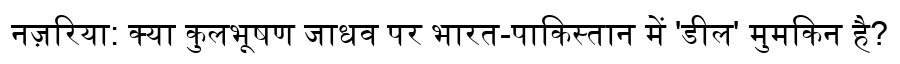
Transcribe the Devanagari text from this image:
नज़रिया: क्या कुलभूषण जाधव पर भारत-पाकिस्तान में 'डील' मुमकिन है?